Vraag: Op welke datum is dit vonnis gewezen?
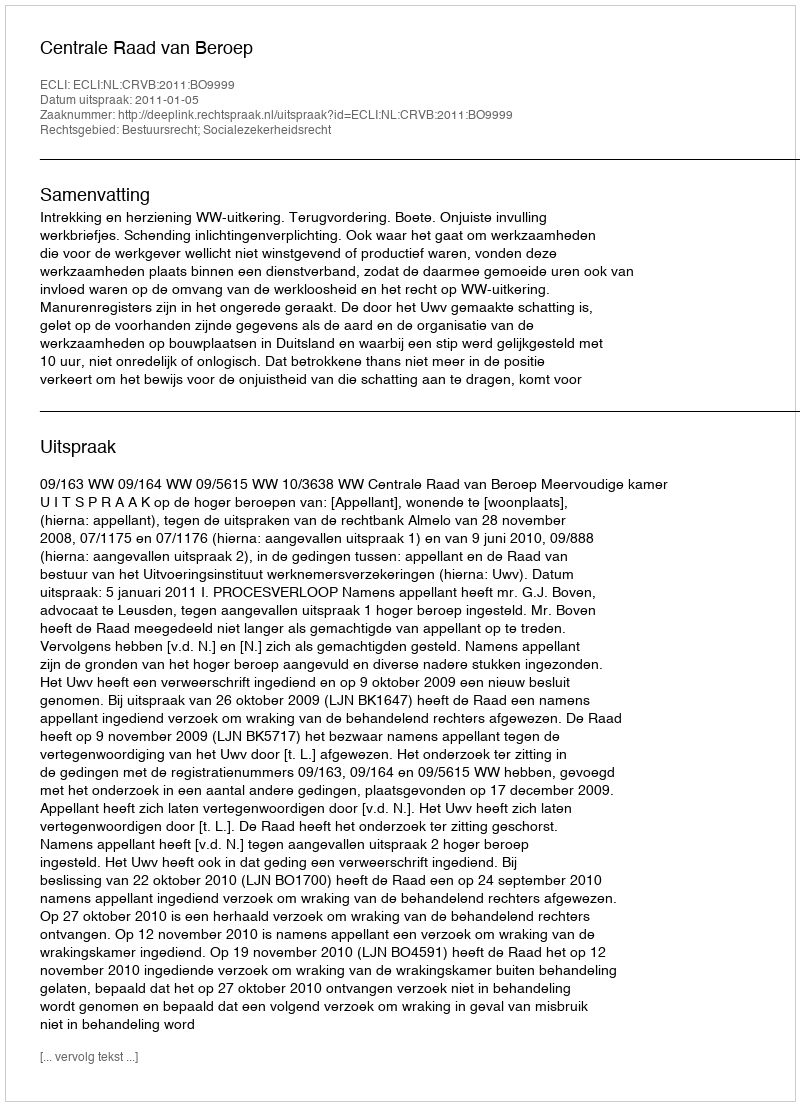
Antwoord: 2011-01-05